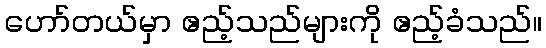
ဟော်တယ်မှာ ဧည့်သည်များကို ဧည့်ခံသည်။